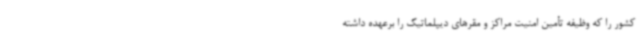
کشور را که وظیفه تأمین امنیت مراکز و مقرهای دیپلماتیک را برعهده داشته